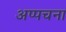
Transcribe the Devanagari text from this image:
अप्पचना